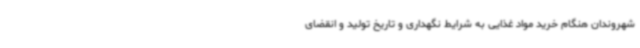
شهروندان هنگام خرید مواد غذایی به شرایط نگهداری و تاریخ تولید و انقضای